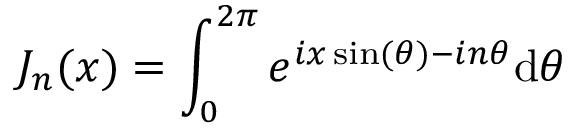
J _ { n } ( x ) = \int _ { 0 } ^ { 2 \pi } e ^ { i x \sin ( \theta ) - i n \theta } \mathrm { d } \theta